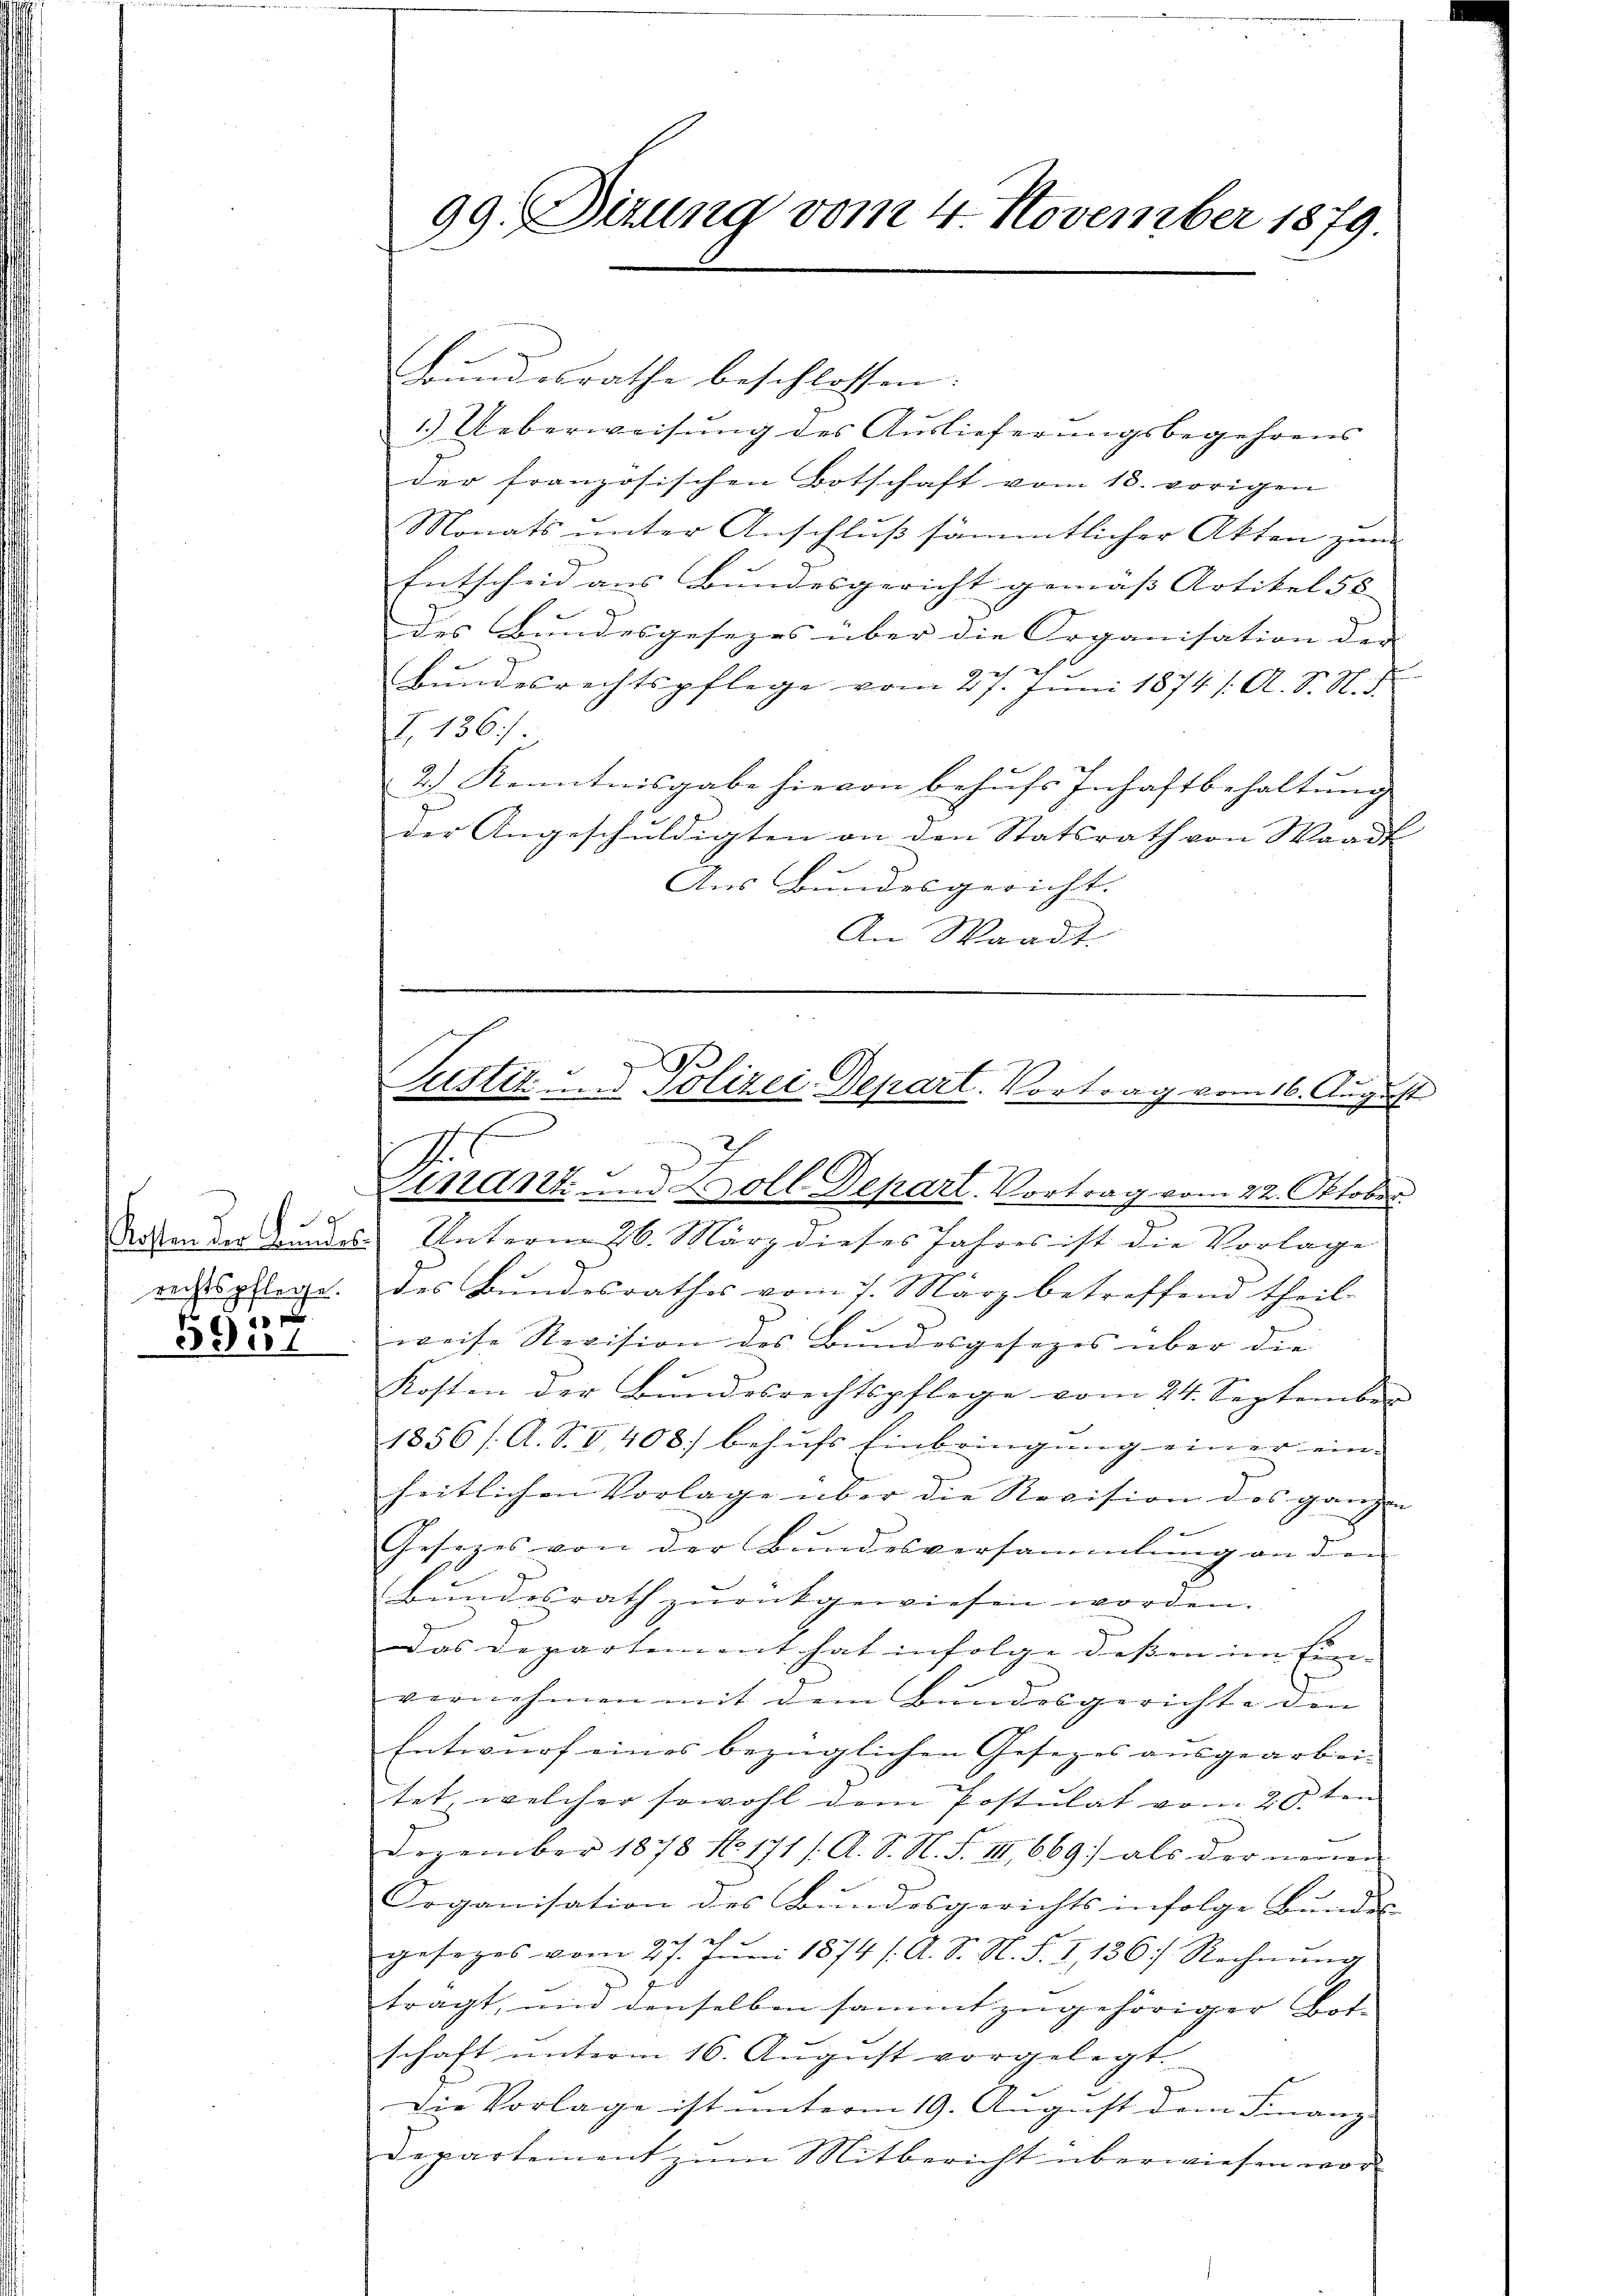
e
rechtspflege.

59 u

99. Dizung vom 4. November 1879.

Bundesrathe beschlossen.
1.) Ueberweisung des Auslieferungsbegehrens
der französischen Botschaft vom 18. vorigen
Monats unter Anschluß sämmtlicher Akten zum
Entscheid aus Bundesgericht gemäß Artikel 55
des Bundesgesezes über die Organisation der
h
Bŭndesrechtspflege vom 27. Jŭni 1874 /: A. S. N. d.
I. 136/
2.) Kenntnisgabe hievon behufs Inhaftbehaltung
der Angeschŭldigten an den Statsrath von Waadt
Aus Bundesgericht.
)
An Waadt.

9
e
Puster und Polizei-Depart. Vortrag vom 16. August
.
o

2
Finant. — Soll Depart. Vortrag vom 22. Oktober.
Sitten der anndass Unterm 26. März dieses Jahres ist die Vorlage
des Bundesrathes vom 7. März betreffend theil-
weise Revision des Bundesgesezes über die
Kosten der Bŭndesrechtspflege vom 24. September
1856 /: A. S. I408) behŭfs Einbringŭng einer ein-
heitlichen Vorlage über die Revision des ganzen
Gesezes von der Bundesversammlung an der
Bundesrath zurückgewiesen worden.
Das Departemont hat infolge dessen im Ein- |
vernehmen mit dem Bundesgerichte den
Entwurf eines bezüglichen Gesezes ausgearbei-
tet, welcher sowohl dem Postulat vom 20. ten
Dezember 1878 No. 171 /: A. S. N. F. III 669 als der neuen
Doganisation des Bundesgerichts infolge Bundes
gesezes vom 27. Jŭni 1874 / A. S. N. S. I, 136) Rechnŭng
f
tragt, und denselben sammt zugehöriger Bet-
schaft unterm 16. August vorgelegt.
Die Vorlage ist unterm 19. August dem Finanz
Departement zum Mitbericht überwiesen wor¬